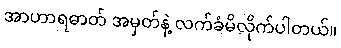
အာဟာရဓာတ် အမှတ်နဲ့ လက်ခံမိလိုက်ပါတယ်။